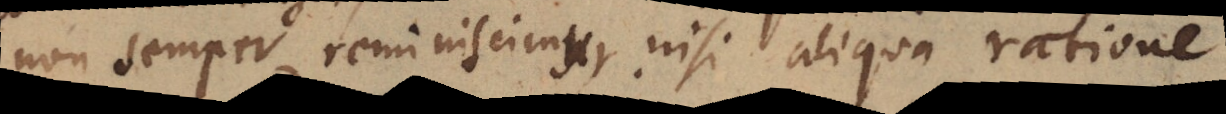
non semper reminiscimur, nisi aliqua ratione